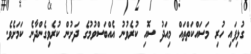
ގުޅިފައި ހުރި މަސައްކަތްތައް މިއަދު ސޮއި ކުރެވުނު އެއްބަސްވުމުގެ ދަށުން ކުރެވިގެންދާނެ ކަމަށެވެ.